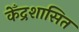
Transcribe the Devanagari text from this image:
केँद्रशासित